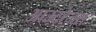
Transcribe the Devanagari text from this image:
आउटरेजस